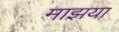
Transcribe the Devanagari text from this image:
माझया